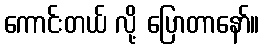
ကောင်းတယ် လို့ ပြောတာနော်။